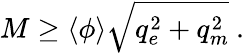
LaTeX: M\geq\langle\phi\rangle\sqrt{q_{e}^{2}+q_{m}^{2}}\ .